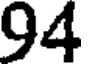
94